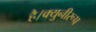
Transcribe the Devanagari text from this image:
है।क्युनीरूप